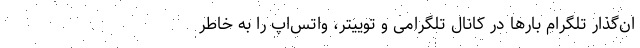
ان‌گذار تلگرام بارها در کانال تلگرامی و توییتر، واتس‌اپ را به خاطر